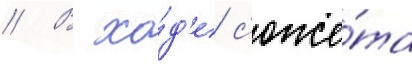
// В хо́д'е с'юже́та